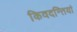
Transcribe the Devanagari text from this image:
किवदन्तियां